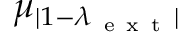
\mu _ { | 1 - \lambda _ { \mathrm { ~ e ~ x ~ t ~ } } | }